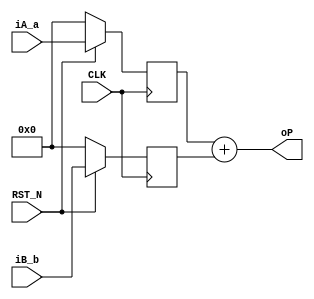
//
// Generated by Bluespec Compiler, version 2021.12.1 (build fd501401)
//
// On Mon Mar  6 22:25:01 IST 2023
//
//
// Ports:
// Name                         I/O  size props
// oP                             O    32
// CLK                            I     1 clock
// RST_N                          I     1 reset
// iA_a                           I    32 reg
// iB_b                           I    32 reg
//
// No combinational paths from inputs to outputs
//
//

`ifdef BSV_ASSIGNMENT_DELAY
`else
  `define BSV_ASSIGNMENT_DELAY
`endif

`ifdef BSV_POSITIVE_RESET
  `define BSV_RESET_VALUE 1'b1
  `define BSV_RESET_EDGE posedge
`else
  `define BSV_RESET_VALUE 1'b0
  `define BSV_RESET_EDGE negedge
`endif

module mkadder(CLK,
	       RST_N,

	       iA_a,

	       iB_b,

	       oP);
  input  CLK;
  input  RST_N;

  // action method iA
  input  [31 : 0] iA_a;

  // action method iB
  input  [31 : 0] iB_b;

  // value method oP
  output [31 : 0] oP;

  // signals for module outputs
  wire [31 : 0] oP;

  // register reg_a
  reg [31 : 0] reg_a;
  wire [31 : 0] reg_a$D_IN;
  wire reg_a$EN;

  // register reg_b
  reg [31 : 0] reg_b;
  wire [31 : 0] reg_b$D_IN;
  wire reg_b$EN;

  // value method oP
  assign oP = reg_a + reg_b ;

  // register reg_a
  assign reg_a$D_IN = iA_a ;
  assign reg_a$EN = 1'd1 ;

  // register reg_b
  assign reg_b$D_IN = iB_b ;
  assign reg_b$EN = 1'd1 ;

  // handling of inlined registers

  always@(posedge CLK)
  begin
    if (RST_N == `BSV_RESET_VALUE)
      begin
        reg_a <= `BSV_ASSIGNMENT_DELAY 32'd0;
	reg_b <= `BSV_ASSIGNMENT_DELAY 32'd0;
      end
    else
      begin
        if (reg_a$EN) reg_a <= `BSV_ASSIGNMENT_DELAY reg_a$D_IN;
	if (reg_b$EN) reg_b <= `BSV_ASSIGNMENT_DELAY reg_b$D_IN;
      end
  end

  // synopsys translate_off
  `ifdef BSV_NO_INITIAL_BLOCKS
  `else // not BSV_NO_INITIAL_BLOCKS
  initial
  begin
    reg_a = 32'hAAAAAAAA;
    reg_b = 32'hAAAAAAAA;
  end
  `endif // BSV_NO_INITIAL_BLOCKS
  // synopsys translate_on
endmodule  // mkadder